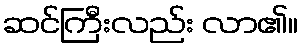
ဆင်ကြီးလည်း လာ၏။